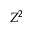
Z ^ { 2 }